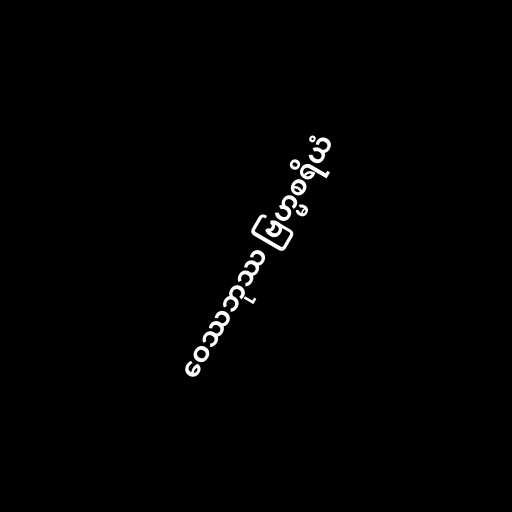
ဝေဿဘုဿ ဗြဟ္မစရိယံ